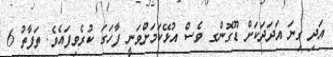
އަދި ގިނަ އަދަދަކަށް ޑޫގޮންގ ވެސް އުޅޭކަމަށްވަނީ ފާހަގަ ކުރެވިފައެވެ. ތަފާތު 6